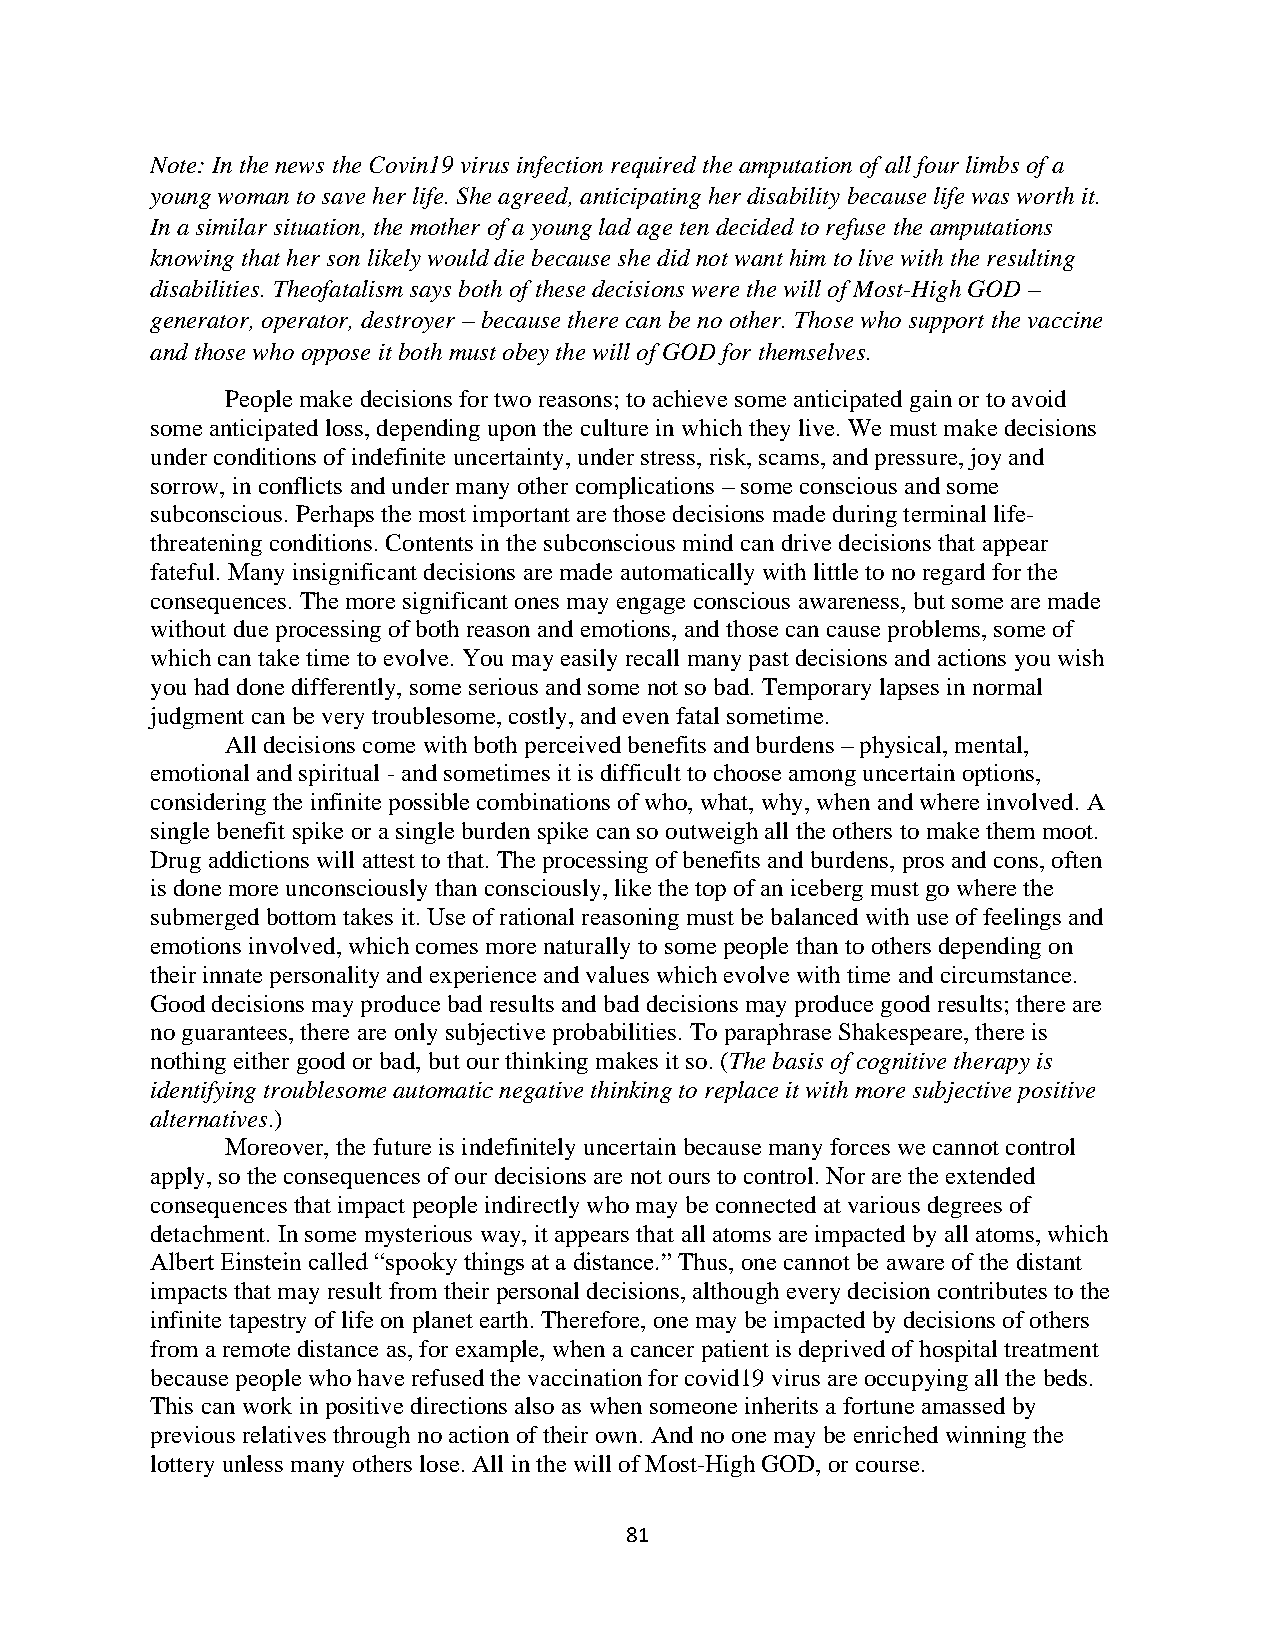
Note: In the news the Covin19 virus infection required the amputation of all four limbs of a
 young woman to save her life. She agreed, anticipating her disability because life was worth it.
 In a similar situation, the mother of a young lad age ten decided to refuse the amputations
 knowing that her son likely would die because she did not want him to live with the resulting
 disabilities. Theofatalism says both of these decisions were the will of Most-High GOD –
 generator, operator, destroyer – because there can be no other. Those who support the vaccine
 and those who oppose it both must obey the will of GOD for themselves.
 People make decisions for two reasons; to achieve some anticipated gain or to avoid
 some anticipated loss, depending upon the culture in which they live. We must make decisions
 under conditions of indefinite uncertainty, under stress, risk, scams, and pressure, joy and
 sorrow, in conflicts and under many other complications – some conscious and some
 subconscious. Perhaps the most important are those decisions made during terminal life-
 threatening conditions. Contents in the subconscious mind can drive decisions that appear
 fateful. Many insignificant decisions are made automatically with little to no regard for the
 consequences. The more significant ones may engage conscious awareness, but some are made
 without due processing of both reason and emotions, and those can cause problems, some of
 which can take time to evolve. You may easily recall many past decisions and actions you wish
 you had done differently, some serious and some not so bad. Temporary lapses in normal
 judgment can be very troublesome, costly, and even fatal sometime.
 All decisions come with both perceived benefits and burdens – physical, mental,
 emotional and spiritual - and sometimes it is difficult to choose among uncertain options,
 considering the infinite possible combinations of who, what, why, when and where involved. A
 single benefit spike or a single burden spike can so outweigh all the others to make them moot.
 Drug addictions will attest to that. The processing of benefits and burdens, pros and cons, often
 is done more unconsciously than consciously, like the top of an iceberg must go where the
 submerged bottom takes it. Use of rational reasoning must be balanced with use of feelings and
 emotions involved, which comes more naturally to some people than to others depending on
 their innate personality and experience and values which evolve with time and circumstance.
 Good decisions may produce bad results and bad decisions may produce good results; there are
 no guarantees, there are only subjective probabilities. To paraphrase Shakespeare, there is
 nothing either good or bad, but our thinking makes it so. (The basis of cognitive therapy is
 identifying troublesome automatic negative thinking to replace it with more subjective positive
 alternatives.)
 Moreover, the future is indefinitely uncertain because many forces we cannot control
 apply, so the consequences of our decisions are not ours to control. Nor are the extended
 consequences that impact people indirectly who may be connected at various degrees of
 detachment. In some mysterious way, it appears that all atoms are impacted by all atoms, which
 Albert Einstein called “spooky things at a distance.” Thus, one cannot be aware of the distant
 impacts that may result from their personal decisions, although every decision contributes to the
 infinite tapestry of life on planet earth. Therefore, one may be impacted by decisions of others
 from a remote distance as, for example, when a cancer patient is deprived of hospital treatment
 because people who have refused the vaccination for covid19 virus are occupying all the beds.
 This can work in positive directions also as when someone inherits a fortune amassed by
 previous relatives through no action of their own. And no one may be enriched winning the
 lottery unless many others lose. All in the will of Most-High GOD, or course.
 81